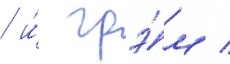
/ и́ грэ́м /